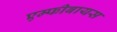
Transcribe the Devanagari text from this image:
एम्फीबायस